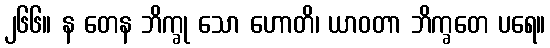
၂၆၆။ န တေန ဘိက္ခု သော ဟောတိ၊ ယာဝတာ ဘိက္ခတေ ပရေ။